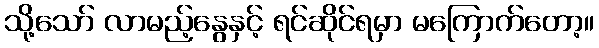
သို့သော် လာမည့်နွေနှင့် ရင်ဆိုင်ရမှာ မကြောက်တော့။